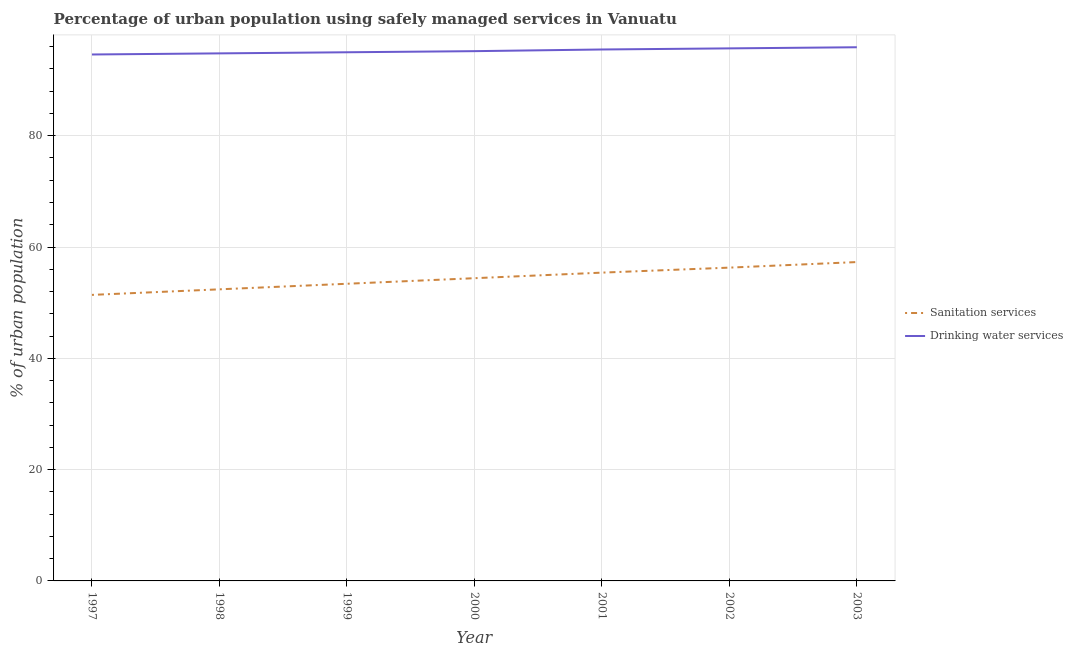
| Year | Sanitation services | Drinking water services |
 | --- | --- | --- |
 | 1997 | 51.4 | 94.6 |
 | 1998 | 52.4 | 94.8 |
 | 1999 | 53.4 | 95 |
 | 2000 | 54.4 | 95.2 |
 | 2001 | 55.4 | 95.5 |
 | 2002 | 56.3 | 95.7 |
 | 2003 | 57.3 | 95.9 |